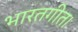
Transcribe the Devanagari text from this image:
भारतगीत।